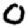
Digit: 0